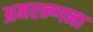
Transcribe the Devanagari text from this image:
अमरन्ग्गना